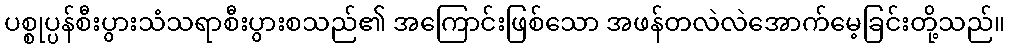
ပစ္စုပ္ပန်စီးပွားသံသရာစီးပွားစသည်၏ အကြောင်းဖြစ်သော အဖန်တလဲလဲအောက်မေ့ခြင်းတို့သည်။